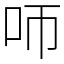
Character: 𠯗